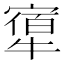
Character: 𤛝